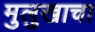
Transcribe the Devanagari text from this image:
मुलुखाचा